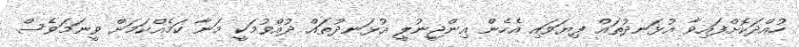
ހުއްދަކޮށްފައިވާ އުޅަނދުތައް ފިޔަވައި އެހެން އިންޖީނުލީ އުޅަނދުތައް ދުއްވުމަކީ މަނާ ކަމެއްކަމަށް ވީނަމަވެސް